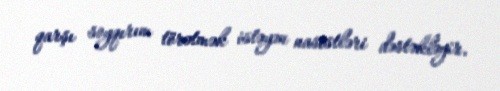
qarşı soyqırım törətmək istəyən nasistləri dəstəkləyir.